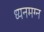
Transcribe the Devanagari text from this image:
ध्‍यनमग्‍न